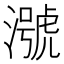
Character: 𪷢